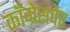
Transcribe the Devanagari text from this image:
काँग्रेसचेच